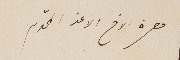
حضرة الاخ الاعز المحترم